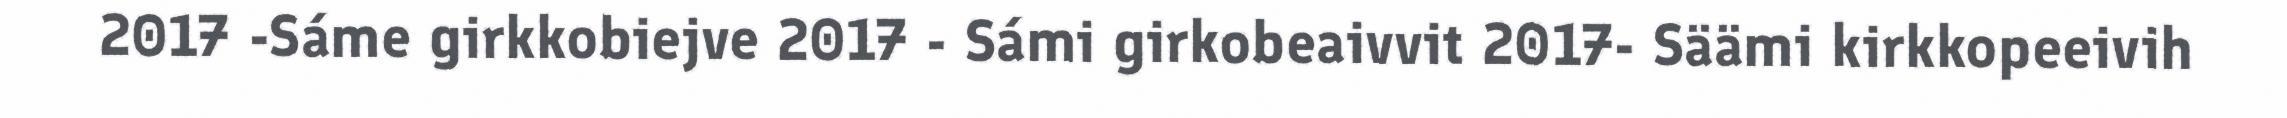
2017 -Sáme girkkobiejve 2017 - Sámi girkobeaivvit 2017- Säämi kirkkopeeivih